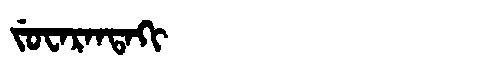
Manchu: ᠵᡠᠸᠠᡵᠠᠨᡨᠠᡴᡳ
Romanization: JUWARANTAKI